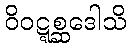
ဝိဝဋ္ဋစ္ဆဒေါသိ